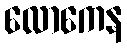
လောကေန